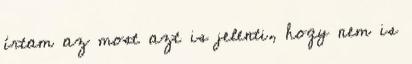
írtam az most azt is jelenti, hogy nem is